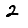
Digit: 2